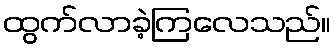
ထွက်လာခဲ့ကြလေသည်။